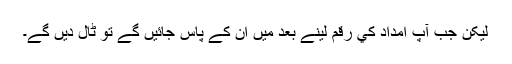
ليکن جب آپ امداد کي رقم لينے بعد ميں ان کے پاس جائيں گے تو ٹال ديں گے۔